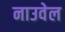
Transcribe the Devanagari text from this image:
नाउवेल